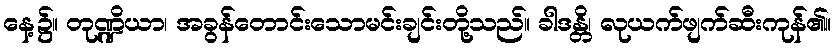
နေ့၌။ တုဏ္ဍိယာ၊ အခွန်တောင်းသောမင်းချင်းတို့သည်။ ခါဒန္တိ၊ လုယက်ဖျက်ဆီးကုန်၏။